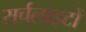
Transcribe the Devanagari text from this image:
सर्चलाइटों